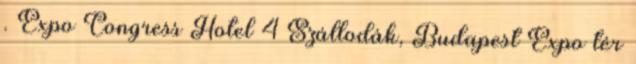
. Expo Congress Hotel 4 Szállodák, Budapest Expo tér